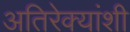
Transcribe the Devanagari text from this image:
अतिरेक्यांशी